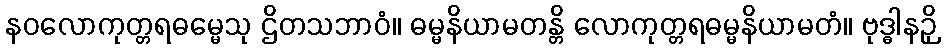
နဝလောကုတ္တရဓမ္မေသု ဌိတသဘာဝံ။ ဓမ္မနိယာမတန္တိ လောကုတ္တရဓမ္မနိယာမတံ။ ဗုဒ္ဓါနဉှိ